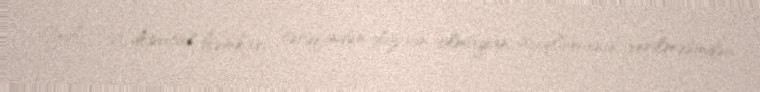
YAP-çı deputat həmkarı tərəfindən düzgün olmayan açıqlamanın verilməsindən